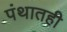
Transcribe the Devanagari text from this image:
पंथातही